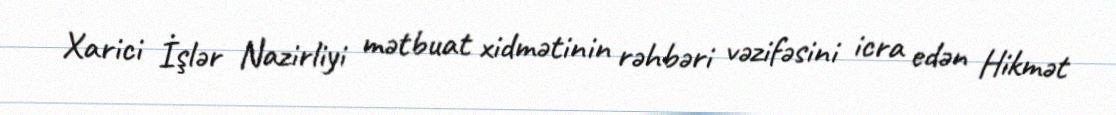
Xarici İşlər Nazirliyi mətbuat xidmətinin rəhbəri vəzifəsini icra edən Hikmət